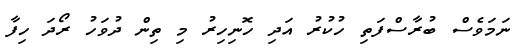
ނަމަވެސް ބުރާސްފަތި ހުކުރު އަދި ހޮނިހިރު މި ތިން ދުވަހު ރޯދަ ހިފާ